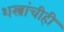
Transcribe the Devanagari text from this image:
शस्त्रांचीही